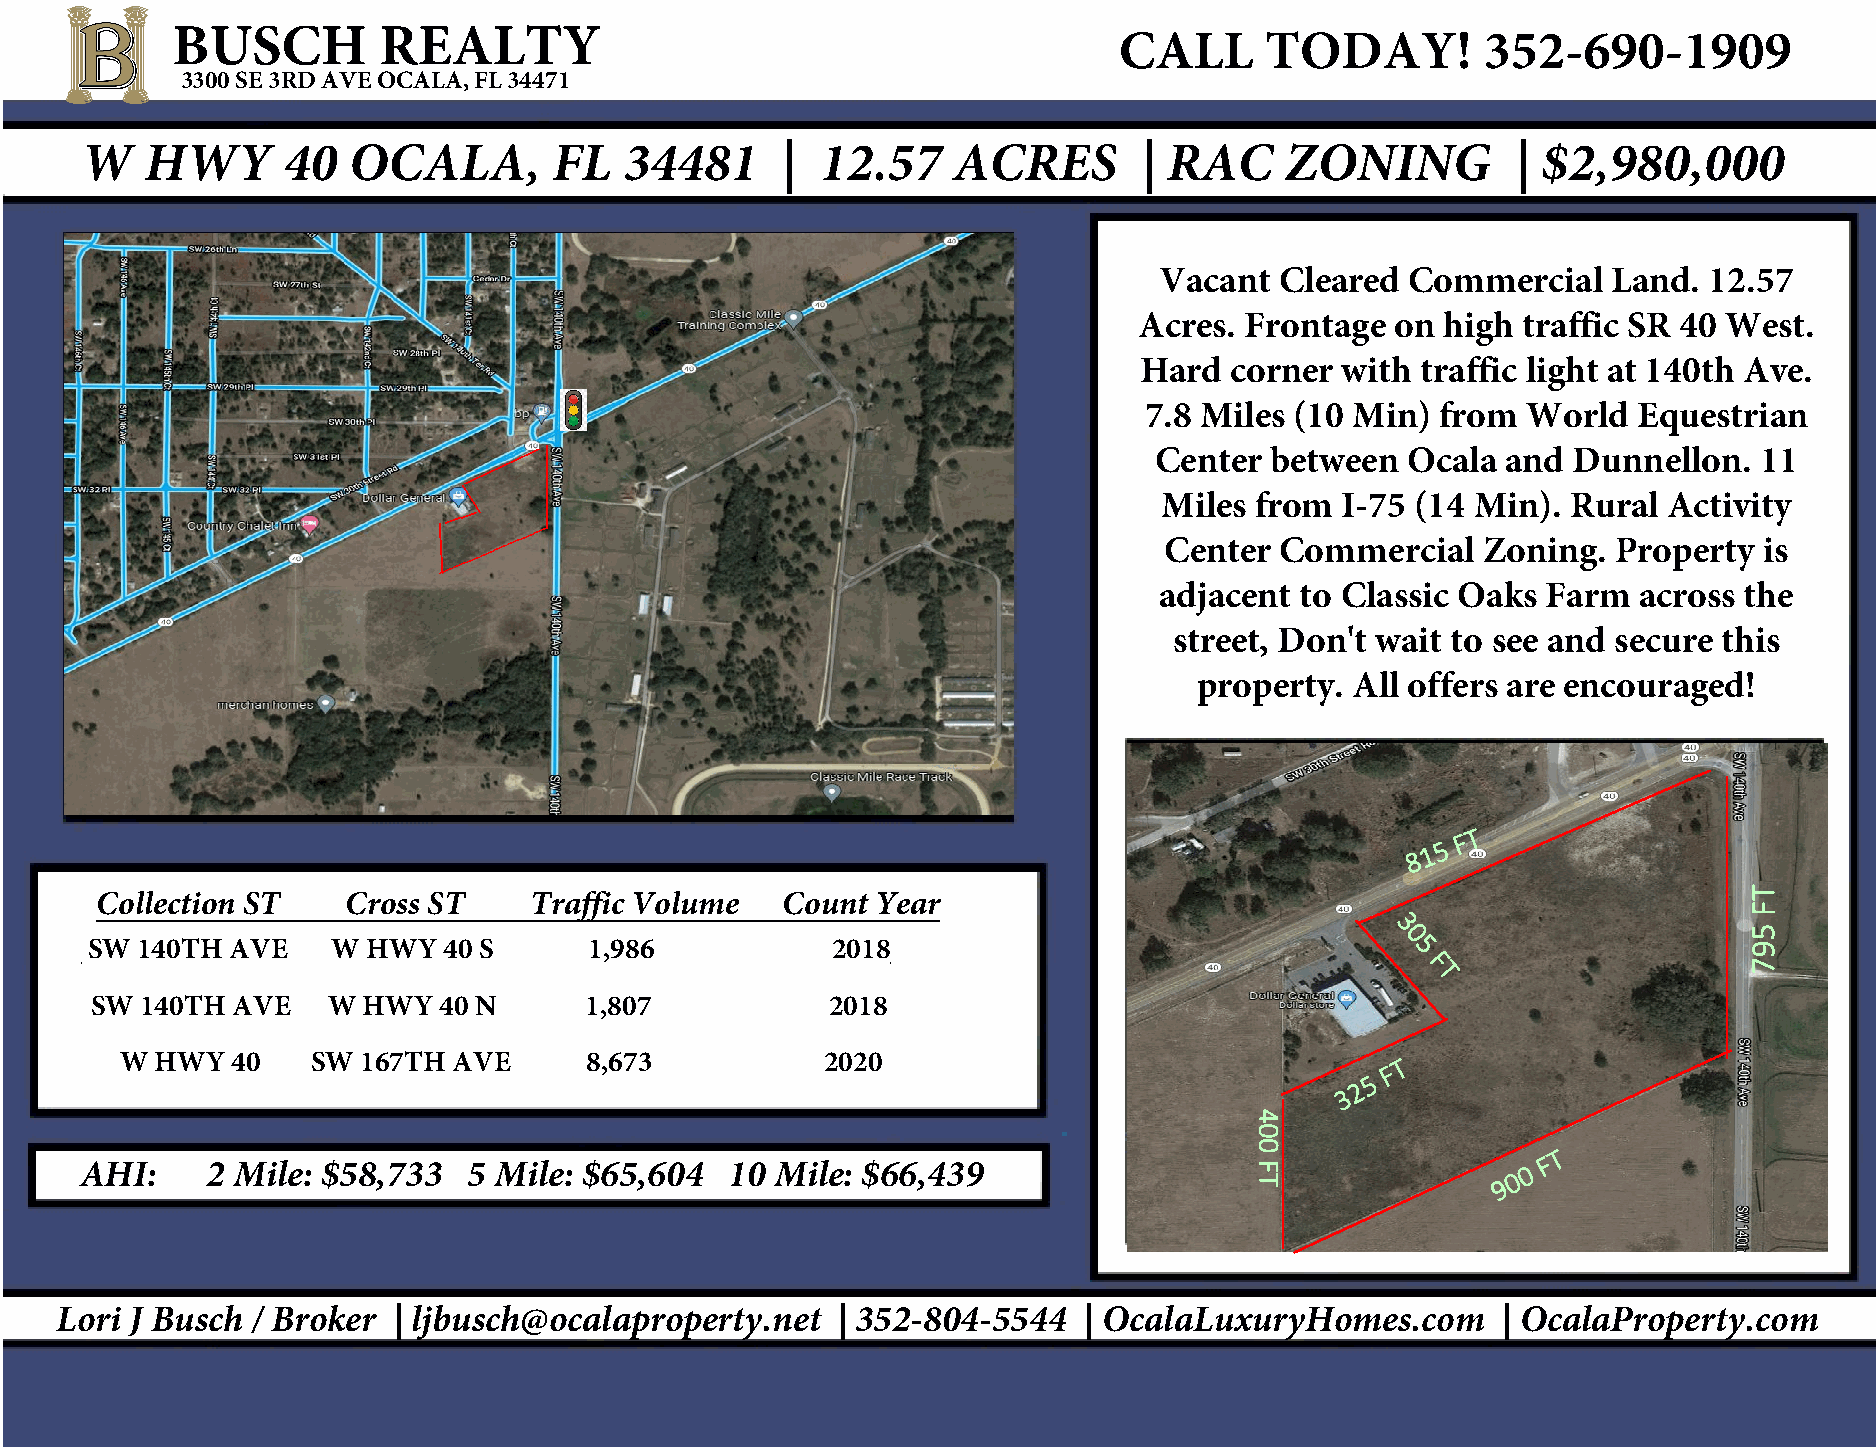
BUSCH         REALTY
 CALL      TODAY!        352-690-1909
 3300 SE 3RD AVE OCALA, FL 34471
 W    HWY      40  OCALA,        FL  34481      | 12.57    ACRES       | RAC     ZONING         | $2,980,000
 Vacant  Cleared Commercial    Land. 12.57
 Acres. Frontage  on  high traffic SR 40 West.
 Hard  corner  with traffic light at 140th Ave.
 7.8 Miles (10 Min) from  World  Equestrian
 _
 _
 _ _                                        Center  between  Ocala  and Dunnellon.  11
 _
 ___
 _                                             Miles from  I-75 (14 Min). Rural Activity
 _ _ _ _ _ _ _ _ _ _                             Center  Commercial   Zoning.  Property  is
 _
 adjacent to Classic Oaks Farm  across the
 street, Don't wait to see and secure this
 property. All offers are encouraged!
 _
 _
 _
 _
 _
 _
 _
 _
 _
 _
 _
 _
 8 1 5 _F _T _ _ _
 _
 _
 _
 _
 _ Collection ST Cross ST Traffic Volume Count Year _
 _3
 _0
 SW 140TH AVE    W HWY  40 S      1,986           2018                                _ _5
 _F
 T
 _
 SW 140TH AVE    W HWY  40 N      1,807           2018
 _
 __ __
 _
 W HWY  40    SW 167TH AVE      8,673           2020                          _ _ _ _ _ _ 5_ F T
 _
 _ _ _ _ _ _ _
 2               _
 3               _
 _ _
 _ _
 _
 _
 _
 AHI:     2 Mile: $58,733  5 Mile: $65,604  10 Mile: $66,439                            _ _ _ _ _ _ 9 0 0 F T
 _
 _
 _
 _
 _
 _
 Lori J Busch / Broker | ljbusch@ocalaproperty.net  | 352-804-5544   | OcalaLuxuryHomes.com     | OcalaProperty.com
 _____
 400
 FT
 _________
 _________________
 TF
 597